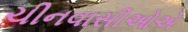
ચીનવાસીઓએ